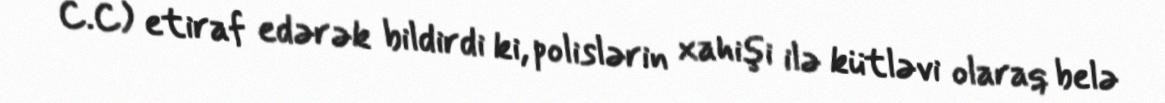
C.C) etiraf edərək bildirdi ki, polislərin xahişi ilə kütləvi olaraq belə